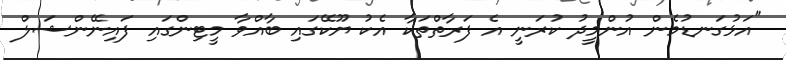
"އަޅުގަނޑުމެން އުންމީދު ކުރަނީ އެ ފަރާތްތަކާ އެކު ޔޫކޭގައި ބާއްވާ މީޓިންގައި ފައިނޭންޝަލް